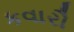
કવારૌ